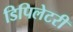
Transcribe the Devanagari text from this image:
डिपिलेटरी